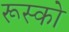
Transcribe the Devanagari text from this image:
रूस्को